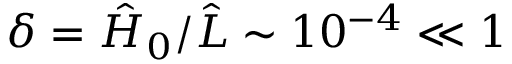
\delta = \hat { H } _ { 0 } / \hat { L } \sim 1 0 ^ { - 4 } \ll 1